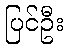
ပြင်ဦး